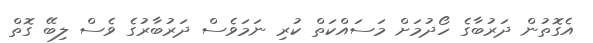
އެގޮތުން ދަރުބާގެ ހޯދުމަށް މަސައްކަތް ކުރި ނަމަވެސް ދަރުބާރުގެ ވެސް ލިބޭ ގޮތް